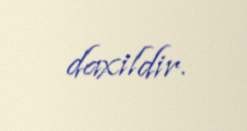
daxildir.